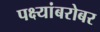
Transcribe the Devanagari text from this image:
पक्ष्यांबरोबर